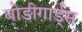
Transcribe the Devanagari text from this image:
बोडीगार्ड्स